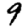
Digit: 9